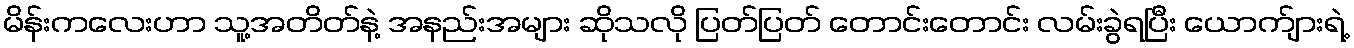
မိန်းကလေးဟာ သူ့အတိတ်နဲ့ အနည်းအများ ဆိုသလို ပြတ်ပြတ် တောင်းတောင်း လမ်းခွဲရပြီး ယောက်ျားရဲ့